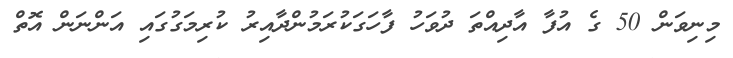
މިނިވަން 50 ގެ އުފާ އާދިއްތަ ދުވަހު ފާހަގަކުރަމުންދާއިރު ކުރިމަގުގައި އަންނަން އޮތް